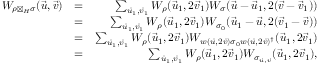
\begin{array} { r l r } { W _ { \rho \boxtimes _ { H } \sigma } ( \vec { u } , \vec { v } ) } & { = } & { \sum _ { \vec { u } _ { 1 } , \vec { v } _ { 1 } } W _ { \rho } ( \vec { u } _ { 1 } , 2 \vec { v } _ { 1 } ) W _ { \sigma } ( \vec { u } - \vec { u } _ { 1 } , 2 ( \vec { v } - \vec { v } _ { 1 } ) ) } \\ & { = } & { \sum _ { \vec { u } _ { 1 } , \vec { v } _ { 1 } } W _ { \rho } ( \vec { u } _ { 1 } , 2 \vec { v } _ { 1 } ) W _ { \sigma _ { 0 } } ( \vec { u } _ { 1 } - \vec { u } , 2 ( \vec { v } _ { 1 } - \vec { v } ) ) } \\ & { = } & { \sum _ { \vec { u } _ { 1 } , \vec { v } _ { 1 } } W _ { \rho } ( \vec { u } _ { 1 } , 2 \vec { v } _ { 1 } ) W _ { w ( \vec { u } , 2 \vec { v } ) \sigma _ { 0 } w ( \vec { u } , 2 \vec { v } ) ^ { \dag } } ( \vec { u } _ { 1 } , 2 \vec { v } _ { 1 } ) } \\ & { = } & { \sum _ { \vec { u } _ { 1 } , \vec { v } _ { 1 } } W _ { \rho } ( \vec { u } _ { 1 } , 2 \vec { v } _ { 1 } ) W _ { \sigma _ { \vec { u } , \vec { v } } } ( \vec { u } _ { 1 } , 2 \vec { v } _ { 1 } ) , } \end{array}